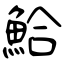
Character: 鮯